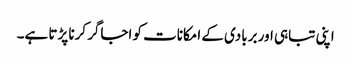
اپنی تباہی اور بربادی کے امکانات کو اجاگر کرنا پڑتا ہے۔